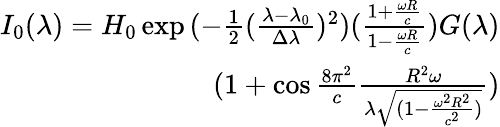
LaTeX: \begin{array}{r}{I_{0}(\lambda)=H_{0}\exp{(-\frac{1}{2}(\frac{\lambda-\lambda_{0}}{\Delta\lambda})^{2})(\frac{1+\frac{\omega R}{c}}{1-\frac{\omega R}{c}})}G(\lambda)}\\ {(1+\cos{\frac{8\pi^{2}}{c}\frac{R^{2}\omega}{\lambda\sqrt{(1-\frac{\omega^{2}R^{2}}{c^{2}})}}})}\end{array}